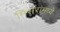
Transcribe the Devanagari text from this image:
मिसरांमध्ये